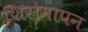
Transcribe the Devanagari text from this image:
शिरोमापन